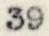
39